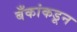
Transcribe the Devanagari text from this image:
बँकांकडून